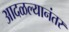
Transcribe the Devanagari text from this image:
आदळल्यानंतर